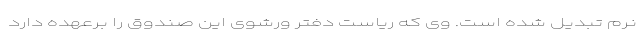
نرم تبدیل شده است. وی که ریاست دفتر ورشوی این صندوق را برعهده دارد